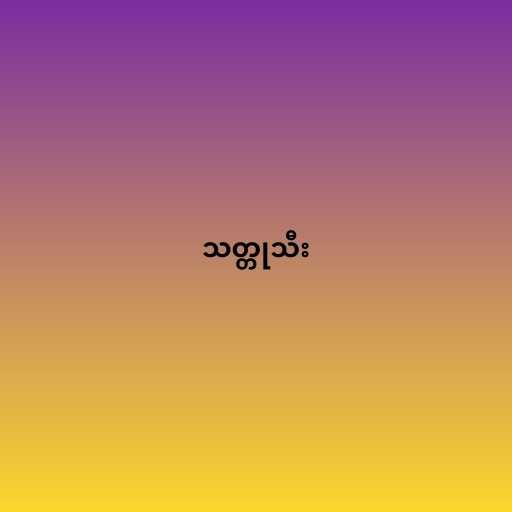
သတ္တုသီး